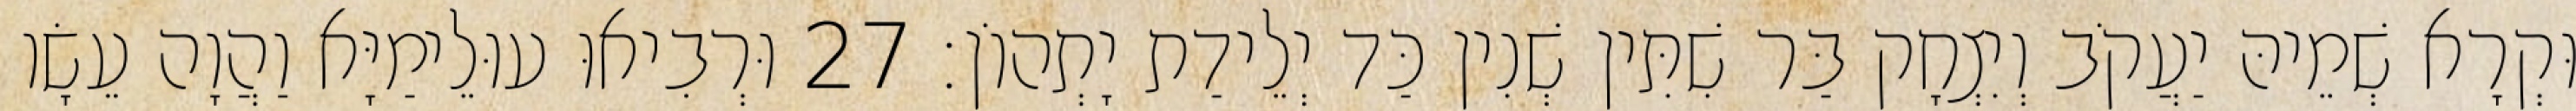
וּקְרָא שְׁמֵיהּ יַעֲקֹב וְיִצְחָק בַּר שִׁתִּין שְׁנִין כַּד יְלֵידַת יָתְהוֹן׃ 27 וּרְבִיאוּ עוּלֵימַיָּא וַהֲוָה עֵשָׂו